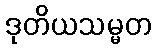
ဒုတိယသမ္မတ